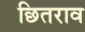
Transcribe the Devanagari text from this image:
छितराव